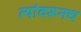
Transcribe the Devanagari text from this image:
त्यांवरूनच